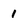
Character: 1